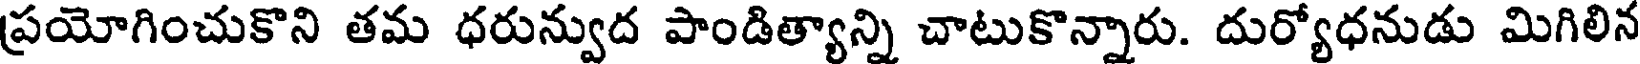
ప్రయోగించుకొని తమ ధరున్వుద పాండిత్యాన్ని చాటుకొన్నారు. దుర్యోధనుడు మిగిలిన